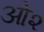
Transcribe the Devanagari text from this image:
ओ२